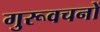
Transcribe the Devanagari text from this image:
गुरूवचनों